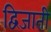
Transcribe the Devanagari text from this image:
द्विजाती